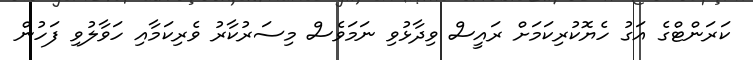
ކަރަންޓްގެ އަގު ހެޔޮކުރިކަމަށް ރައީސް ވިދާޅުވި ނަމަވެސް މިސަރުކާރު ވެރިކަމާއި ހަވާލުވި ފަހުން